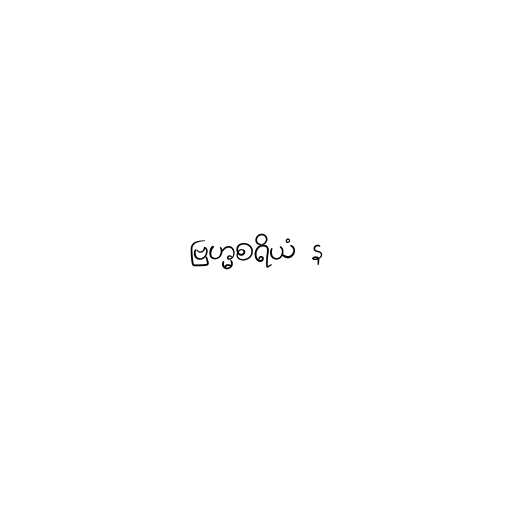
ဗြဟ္မစရိယံ န